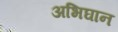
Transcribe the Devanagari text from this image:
अभिघान